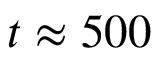
t \approx 5 0 0